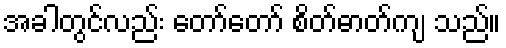
အခါတွင်လည်း တော်တော် စိတ်ဓာတ်ကျ သည်။